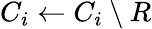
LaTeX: C_{i}\gets C_{i}\setminus R